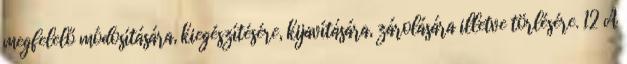
megfelelő módosítására, kiegészítésére, kijavítására, zárolására illetve törlésére. 12 A